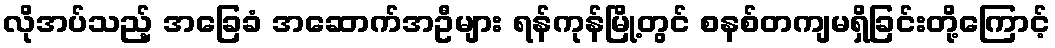
လိုအပ်သည့် အခြေခံ အဆောက်အဦများ ရန်ကုန်မြို့တွင် စနစ်တကျမရှိခြင်းတို့ကြောင့်